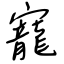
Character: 寵